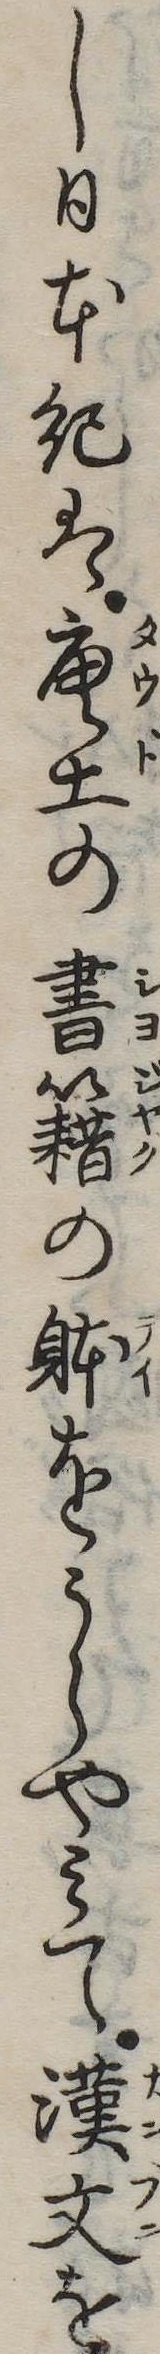
し日本紀は唐土の書籍の体をうらやみて漢文を